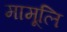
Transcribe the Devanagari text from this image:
मामूलि